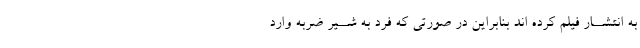
به انتشــار فیلم کرده اند بنابراین در صورتی که فرد به شــیر ضربه وارد